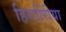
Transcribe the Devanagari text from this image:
हिस्टीरीया